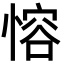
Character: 愹